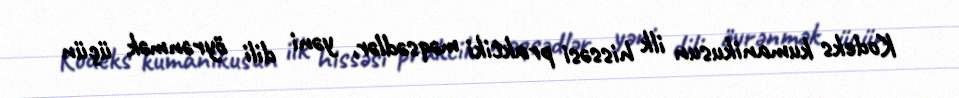
Kodeks kumanikusun ilk hissəsi praktiki məqsədlər, yəni dili öyrənmək üçün